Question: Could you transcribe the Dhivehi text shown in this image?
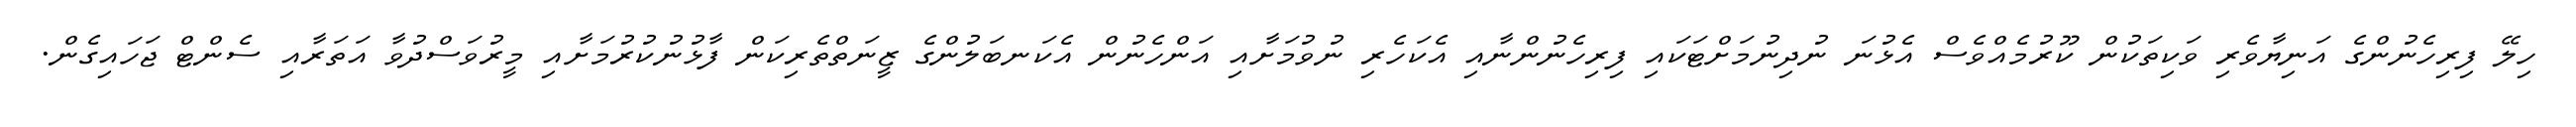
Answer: ހިލޭ ފިރިހެނުންގެ އަނިޔާވެރި ވަކިތަކުން ކޫރުމެއްވެސް އެޅުނަ ނުދިނުމަށްޓަކައި ފިރިހެނުންނާއި އެކަހެރި ނުވުމަށާއި އަންހެނުން އެކަނބަލުންގެ ޒީނަތްތެރިކަން ފާޅުނުކުރުމަށާއި މީރުވަސްދުވާ އަތަރާއި ސެންޓް ޖަހައިގެން.